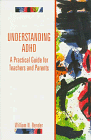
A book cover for Understanding ADHD: A Practical Guide for Teachers and Parents; William N. Bender; Parenting & Relationships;